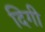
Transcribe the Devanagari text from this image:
दिगी